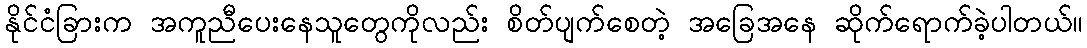
နိုင်ငံခြားက အကူညီပေးနေသူတွေကိုလည်း စိတ်ပျက်စေတဲ့ အခြေအနေ ဆိုက်ရောက်ခဲ့ပါတယ်။